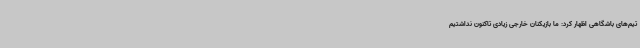
تیم‌های باشگاهی اظهار کرد: ما بازیکنان خارجی زیادی تاکنون نداشتیم